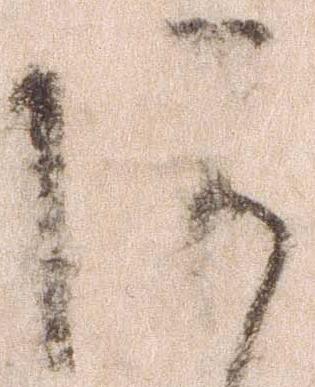
あ